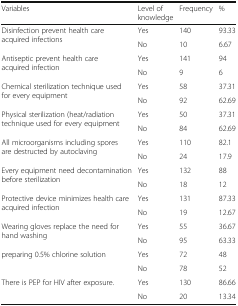
<table><thead><tr><td><b>Variables</b></td><td><b>Level of knowledge</b></td><td><b>Frequency</b></td><td><b>%</b></td></tr></thead><tbody><tr><td rowspan="2">Disinfection prevent health care acquired infections</td><td>Yes</td><td>140</td><td>93.33</td></tr><tr><td>No</td><td>10</td><td>6.67</td></tr><tr><td rowspan="2">Antiseptic prevent health care acquired infection</td><td>Yes</td><td>141</td><td>94</td></tr><tr><td>No</td><td>9</td><td>6</td></tr><tr><td rowspan="2">Chemical sterilization technique used for every equipment</td><td>Yes</td><td>58</td><td>37.31</td></tr><tr><td>No</td><td>92</td><td>62.69</td></tr><tr><td rowspan="2">Physical sterilization (heat/radiation technique used for every equipment</td><td>Yes</td><td>50</td><td>37.31</td></tr><tr><td>No</td><td>84</td><td>62.69</td></tr><tr><td rowspan="2">All microorganisms including spores are destructed by autoclaving</td><td>Yes</td><td>110</td><td>82.1</td></tr><tr><td>No</td><td>24</td><td>17.9</td></tr><tr><td rowspan="2">Every equipment need decontamination before sterilization</td><td>Yes</td><td>132</td><td>88</td></tr><tr><td>No</td><td>18</td><td>12</td></tr><tr><td rowspan="2">Protective device minimizes health care acquired infection</td><td>Yes</td><td>131</td><td>87.33</td></tr><tr><td>No</td><td>19</td><td>12.67</td></tr><tr><td rowspan="2">Wearing gloves replace the need for hand washing</td><td>Yes</td><td>55</td><td>36.67</td></tr><tr><td>No</td><td>95</td><td>63.33</td></tr><tr><td rowspan="2">preparing 0.5% chlorine solution</td><td>Yes</td><td>72</td><td>48</td></tr><tr><td>No</td><td>78</td><td>52</td></tr><tr><td rowspan="2">There is PEP for HIV after exposure.</td><td>Yes</td><td>130</td><td>86.66</td></tr><tr><td>No</td><td>20</td><td>13.34</td></tr></tbody></table>